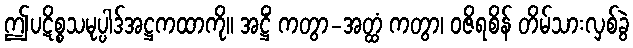
ဤပဋိစ္စသမုပ္ပါဒ်အဋ္ဌကထာကို။ အဋ္ဌိံ ကတွာ-အတ္ထံ ကတွာ၊ ဝဇိရစိန် တိမ်သားလှစ်ခွဲ